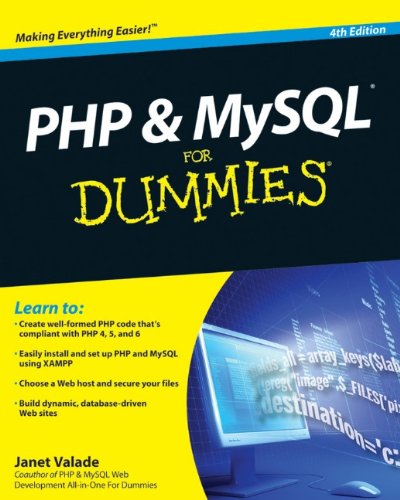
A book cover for PHP & MySQL For Dummies, 4th Edition; Janet Valade; Computers & Technology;